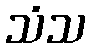
သံသ